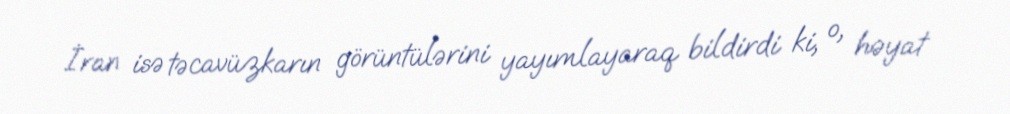
İran isə təcavüzkarın görüntülərini yayımlayaraq bildirdi ki, o, həyat